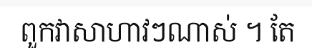
ពួកវាសាហាវៗណាស់ ។ តែ